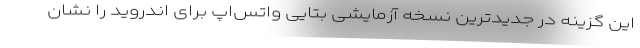
این گزینه در جدیدترین نسخه آزمایشی بتایی واتس‌اپ برای اندروید را نشان